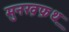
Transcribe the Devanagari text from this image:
मुनख़फ़थ़